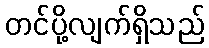
တင်ပို့လျက်ရှိသည်